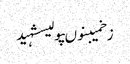
زخمیبنوںپولیسشہید